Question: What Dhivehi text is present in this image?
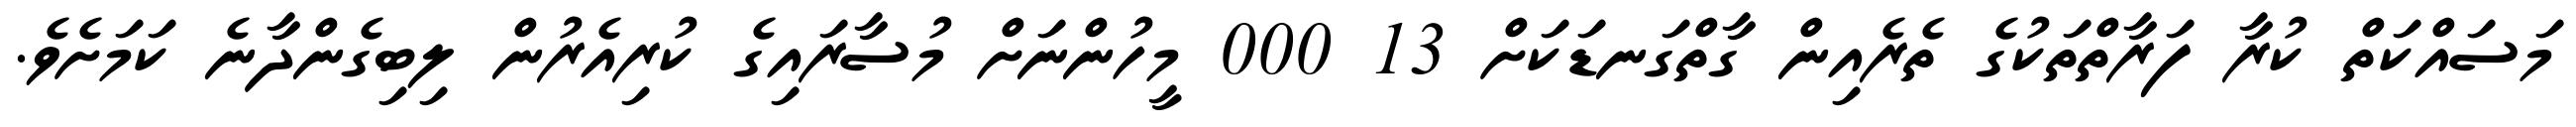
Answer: މަސައްކަތް ކުރާ ފަރާތްތަކުގެ ތެރެއިން ގާތްގަނޑަކަށް 13 000 މީހުންނަށް މުސާރައިގެ ކުރިއެރުން ލިބިގެންދާނެ ކަމަށެވެ.